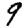
Digit: 9